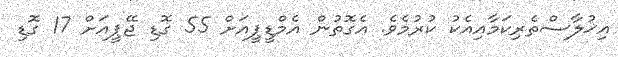
އިޚުލާސްތެރިކަމާއިއެކު ކުރުމެވެ. އެގޮތުން އެމްޑީޕީއަށް 55 ގޮޑި ޖޭޕީއަށް 17 ގޮޑި